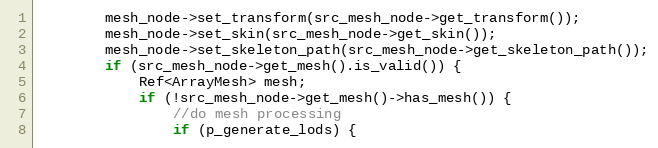
Language: C++
		mesh_node->set_transform(src_mesh_node->get_transform());
		mesh_node->set_skin(src_mesh_node->get_skin());
		mesh_node->set_skeleton_path(src_mesh_node->get_skeleton_path());
		if (src_mesh_node->get_mesh().is_valid()) {
			Ref<ArrayMesh> mesh;
			if (!src_mesh_node->get_mesh()->has_mesh()) {
				//do mesh processing
				if (p_generate_lods) {